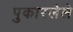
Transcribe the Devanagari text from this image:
पुकारलेले